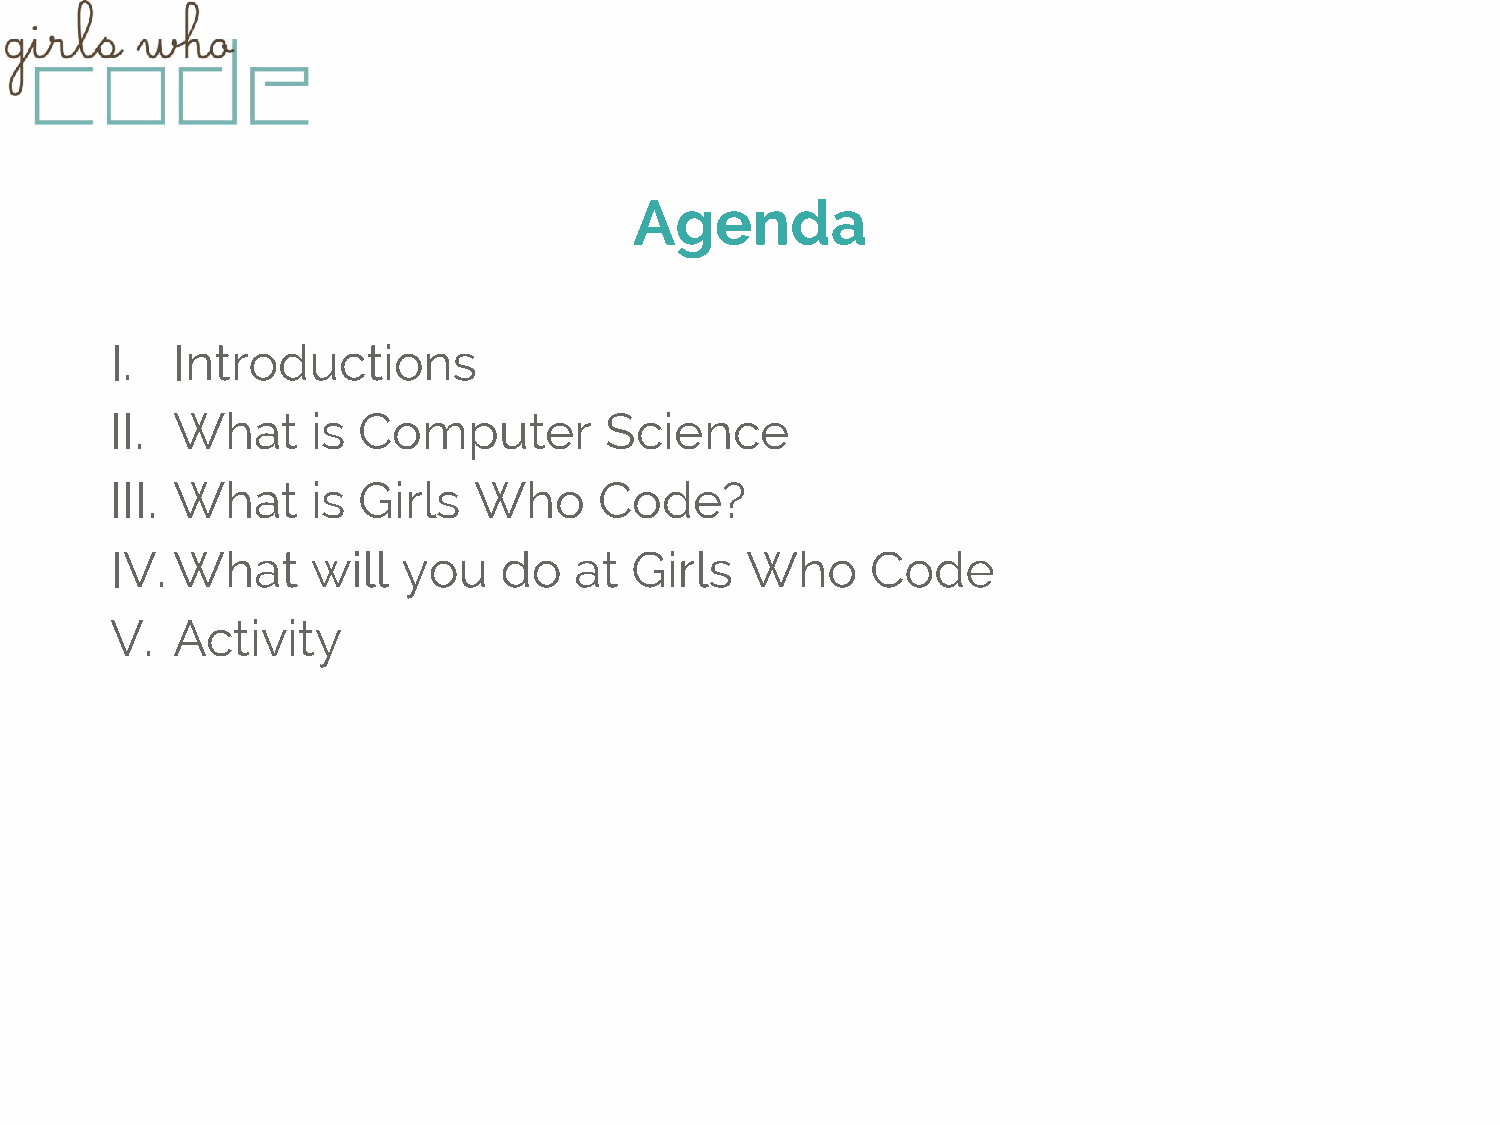
Agenda
 I.  Introductions
 II. What      is Computer        Science
 III. What     is Girls  Who      Code?
 IV. What      will  you   do   at  Girls  Who      Code
 V.  Activity